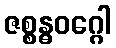
ဇစ္စန္ဓဝဂ္ဂေါ